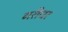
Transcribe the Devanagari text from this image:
गरीधर